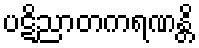
ပဋိညာတကရဏန္တိ